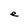
Character: e